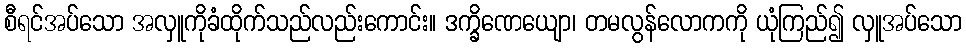
စီရင်အပ်သော အလှူကိုခံထိုက်သည်လည်းကောင်း။ ဒက္ခိဏေယျော၊ တမလွန်လောကကို ယုံကြည်၍ လှူအပ်သော